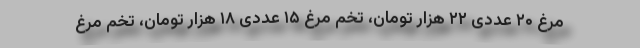
مرغ ۲۰ عددی ۲۲ هزار تومان، تخم مرغ ۱۵ عددی ۱۸ هزار تومان، تخم مرغ